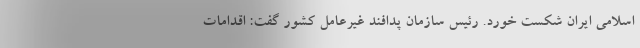
اسلامی ایران شکست خورد. رئیس سازمان پدافند غیرعامل کشور گفت: اقدامات